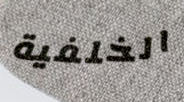
الخلفية